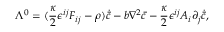
\Lambda ^ { 0 } = ( \frac { \kappa } { 2 } \epsilon ^ { i j } F _ { i j } - \rho ) \dot { { \bar { c } } } - b \nabla ^ { 2 } { \bar { c } } - \frac { \kappa } { 2 } \epsilon ^ { i j } A _ { i } \partial _ { j } \dot { { \bar { c } } } ,